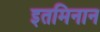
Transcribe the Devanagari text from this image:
इतमिनान